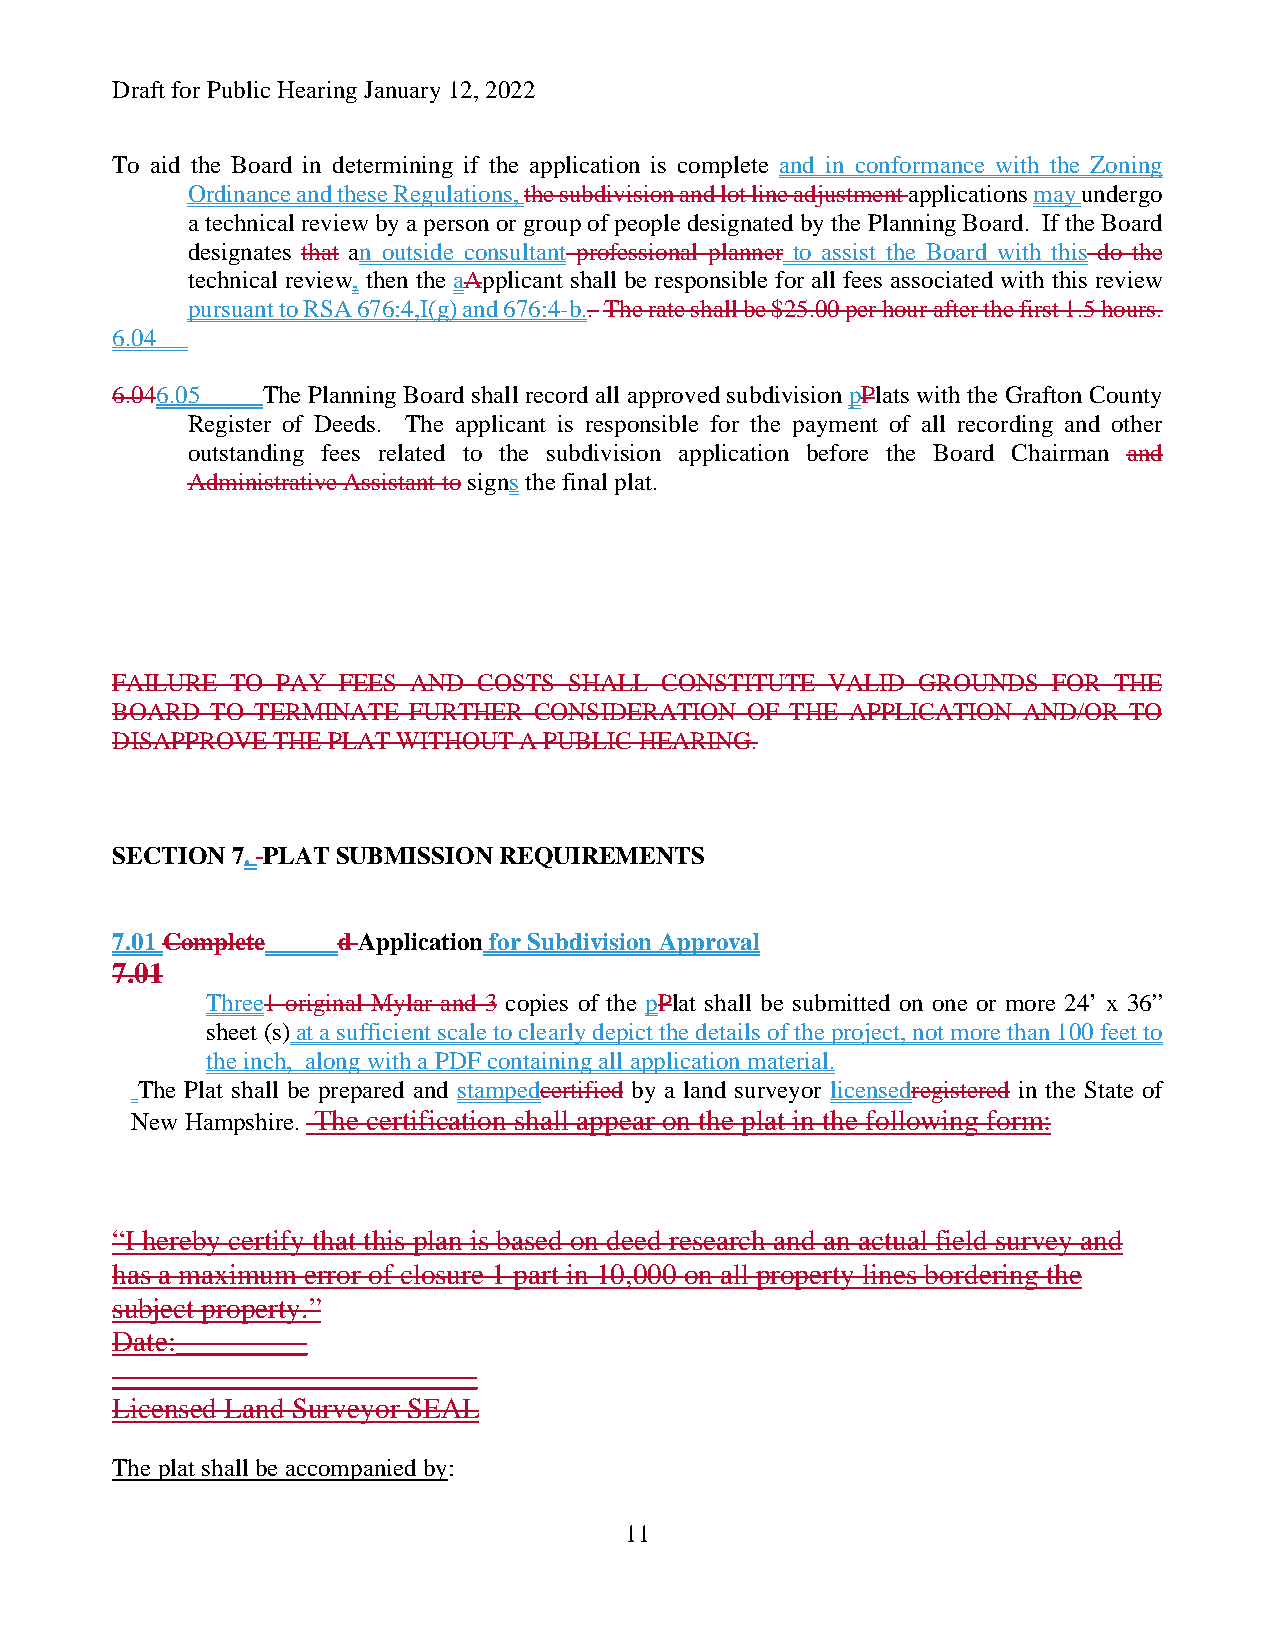
Draft for Public Hearing January 12, 2022
 To aid the Board in determining if the application is complete and in conformance with the Zoning
 Ordinance and these Regulations, the subdivision and lot line adjustment applications may undergo
 a technical review by a person or group of people designated by the Planning Board. If the Board
 designates that an outside consultant professional planner to assist the Board with this do the
 technical review, then the aApplicant shall be responsible for all fees associated with this review
 pursuant to RSA 676:4,I(g) and 676:4-b.. The rate shall be $25.00 per hour after the first 1.5 hours.
 6.04
 6.046.05  The Planning Board shall record all approved subdivision pPlats with the Grafton County
 Register of Deeds. The applicant is responsible for the payment of all recording and other
 outstanding fees related to the subdivision application before the Board Chairman and
 Administrative Assistant to signs the final plat.
 FAILURE TO PAY FEES AND  COSTS SHALL CONSTITUTE VALID GROUNDS  FOR THE
 BOARD  TO TERMINATE FURTHER CONSIDERATION OF THE APPLICATION AND/OR TO
 DISAPPROVE THE PLAT WITHOUT A PUBLIC HEARING.
 SECTION 7. PLAT SUBMISSION REQUIREMENTS
 7.01 Complete  d Application for Subdivision Approval
 7.01
 Three1 original Mylar and 3 copies of the pPlat shall be submitted on one or more 24’ x 36”
 sheet (s) at a sufficient scale to clearly depict the details of the project, not more than 100 feet to
 the inch, along with a PDF containing all application material.
 The Plat shall be prepared and stampedcertified by a land surveyor licensedregistered in the State of
 New Hampshire. The certification shall appear on the plat in the following form:
 “I hereby certify that this plan is based on deed research and an actual field survey and
 has a maximum error of closure 1 part in 10,000 on all property lines bordering the
 subject property.”
 Date:_________
 _________________________
 Licensed Land Surveyor SEAL
 The plat shall be accompanied by:
 11